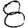
Digit: 8